Tezpur Lunatic Asylum reports 1877-1894 - 1877-1894
Year: 1877
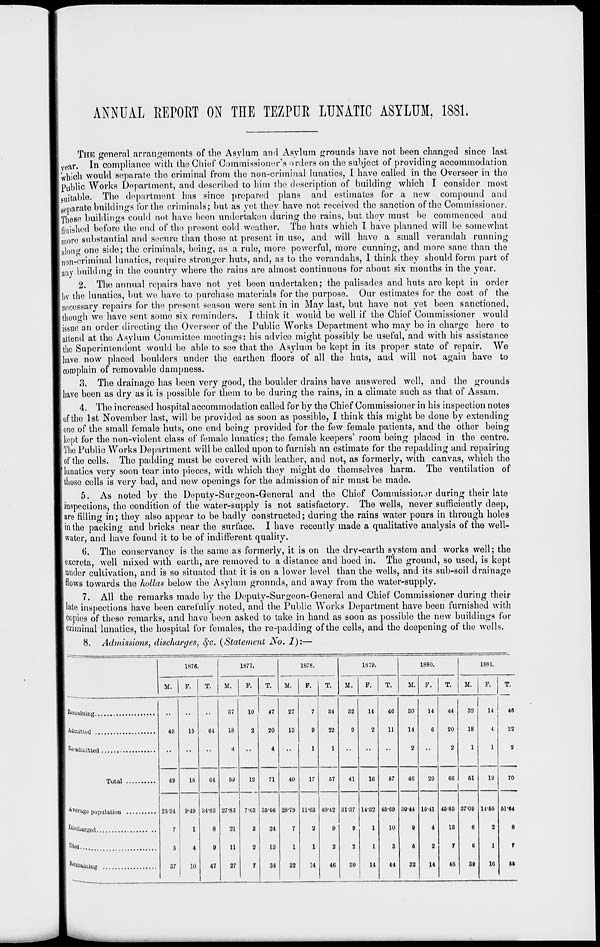
ANNUAL RETORT ON THE TEZPUE LUNATIC ASYLUM, 1881.
THE general arrangements of the Asylum and Asylum grounds have not been changed since last
y ea r. In compliance with the Chief Commissioner's orders on the subject of providing accommodation
which would separate the criminal from the non-criminal lunatics, I have called in the Overseer in the
Public Works Department, and described to him the description of building which I consider most
(suitable. The department has since prepared plans and estimates for a new compound and
separate buildings for the criminals; but as yet they have not received the sanction of the Commissioner.
I These buildings could not have been undertaken during the rains, but they must be commenced and
finished before the end of the present cold weather. The huts which I have planned will be somewhat
i more substantial and secure than those at present in use, and will have a small verandah running
along one side; the criminals, being, as a rule, more powerful, more cunning, and more sane than the
non-criminal lunatics, require stronger huts, and, as to the verandahs, I think they should form part of
any building in the country where the rains are almost continuous for about six months in the year.
2. The annual repairs have not yet been undertaken; the palisades and huts are kept in order
Ibv the lunatics, but we have to purchase materials for the purpose. Our estimates for the cost of the
necessary repairs for the present season were sent in in May last, but have not yet been sanctioned,
|though we have sent some six reminders. I think it would be well if the Chief Commissioner would
I issue an order directing the Overseer of the Public Works Department who may be in charge here to
attend at the Asylum Committee meetings: his advice might possibly be useful, and with his assistance
the Superintendent would be able to see that the Asylum be kept in its proper state of repair. We
I have now placed boulders under the earthen floors of all the huts, and will not again have to
'complain of removable dampness.
3. The drainage has been very good, the boulder drains have answered well, and the grounds
| have been as dry as it is possible for them to be during the rains, in a climate such as that of Assam.
4. The increased hospital accommodation called for by the Chief Commissioner in his inspection notes
of the 1st November last, will be provided as soon as possible, I think this might be done by extending
one of the small female huts, one end being provided for the few female patients, and the other being
I kept for the non-violent class of female lunatics; the female keepers' room being placed in the centre.
The Public Works Department will be called upon to furnish an estimate for the repadding and repairing
of the cells. The padding must be covered with leather, and not, as formerly, with canvas, which the
I lunatics very soon tear into pieces, with which they might do themselves harm. The ventilation of
| those cells is very bad, and new openings for the admission of air must be made.
5. As noted by the Deputy-Surgoon-General and the Chief Commissioner during their late
inspections, the condition of the water-supply is not satisfactory. The wells, never sufficiently deep,
are filling in; they also appear to be badly constructed; during the rains water pours in through holes
in the packing and bricks near the surface. I have recently made a qualitative analysis of the well-
water, and have found it to be of indifferent quality.
6. The conservancy is the same as formerly, it is on the dry-earth system and works well; the
excreta, well mixed with earth, are removed to a distance and hoed in. The ground, so used, is kept
under cultivation, and is so situated that it is on a lower level than the wells, and its sub-soil drainage
flows towards the hollas below the Asylum grounds, and away from the writer-supply.
7. All the remarks made by the Deputy-Surgeon-General and Chief Commissioner during their
late inspections have been carefully noted, and the Public Works Department have been furnished with
copies of these remarks, and have been asked to take in hand as soon as possible the new buildings for
criminal lunatics, the hospital for females, the re-padding of the cells, and the deepening of the wells.
8. Admissions, discharges, 8fo. {Statement JSo. 1):—
1876.
1877.
1878.
1879.
1880.
1881.
M.
F.
T.
M.
F.
T.
M.
F.
T.
M.
F.
T.
M.
F.
T.
M.
F.
T.
411
15
64
37
18
4
10
2
47
20
4
27
13
7
9
1
34
22
1
32
9
14
2
46
11
30
14
2
14
6
44
20
2
32
18
1
11
4
1
46
Wwittiid
22
^•admitted
2
Total
49
15
G4
60
27-83
21
11
27
12
7-63
3
2
7
71
40
17
57
41
16
57
46
20
66
51
19
70
2534
7
5
37
9-49
1
4
10
34-83
8
9
47
3546
24
13
34
28-79
7
1
32
11-03
2
1
14
40-42
9
2
46
31-37
9
2
80
14-32
1
1
14
45-69
10
3
44
30-44
9
6
32
15-41
4
2
14
45-85
13
7
46
37-09
6
6
89
11-65
2
1
16
51-64
Dfeohtrged
8
Died..
T
Re <uainiug .
61
„